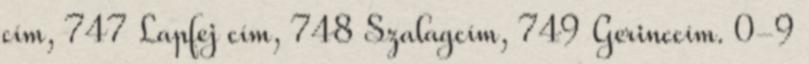
cím, 747 Lapfej cím, 748 Szalagcím, 749 Gerinccím. 0-9